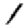
Digit: 1